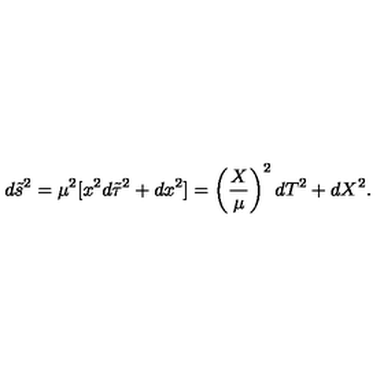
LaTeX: d \tilde { s } ^ { 2 } = \mu ^ { 2 } [ x ^ { 2 } d \tilde { \tau } ^ { 2 } + d x ^ { 2 } ] = \left( { \frac { X } { \mu } } \right) ^ { 2 } d T ^ { 2 } + d X ^ { 2 } .